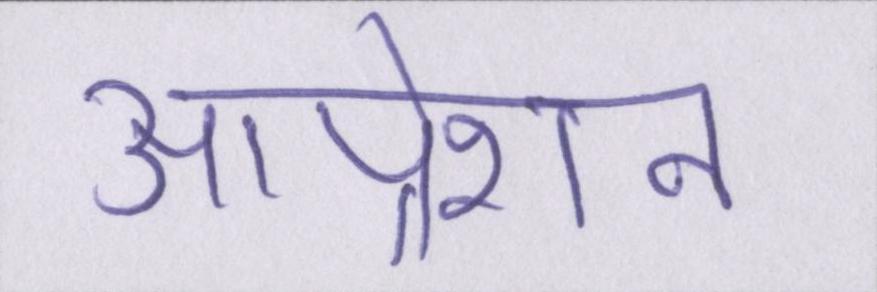
आप्रेशन